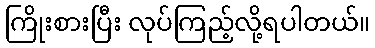
ကြိုးစားပြီး လုပ်ကြည့်လို့ရပါတယ်။